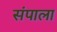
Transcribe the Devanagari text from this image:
संपाला